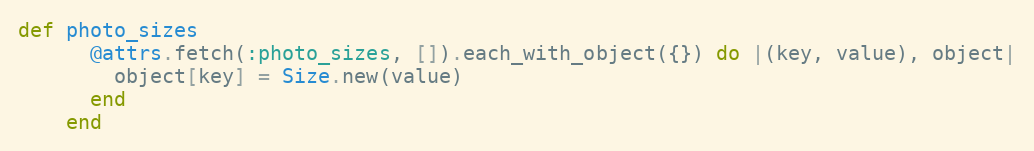
Language: Ruby
def photo_sizes
      @attrs.fetch(:photo_sizes, []).each_with_object({}) do |(key, value), object|
        object[key] = Size.new(value)
      end
    end